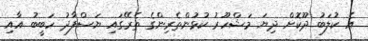
އެ ކުލަބު ދޫކޮށް ދިޔަ މަޝްހޫރު ކުޅުންތެރިންގެ ތެރޭގައި ޔަސްފާދު ހަބީބު އާއި